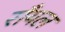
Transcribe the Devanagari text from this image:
राँयल